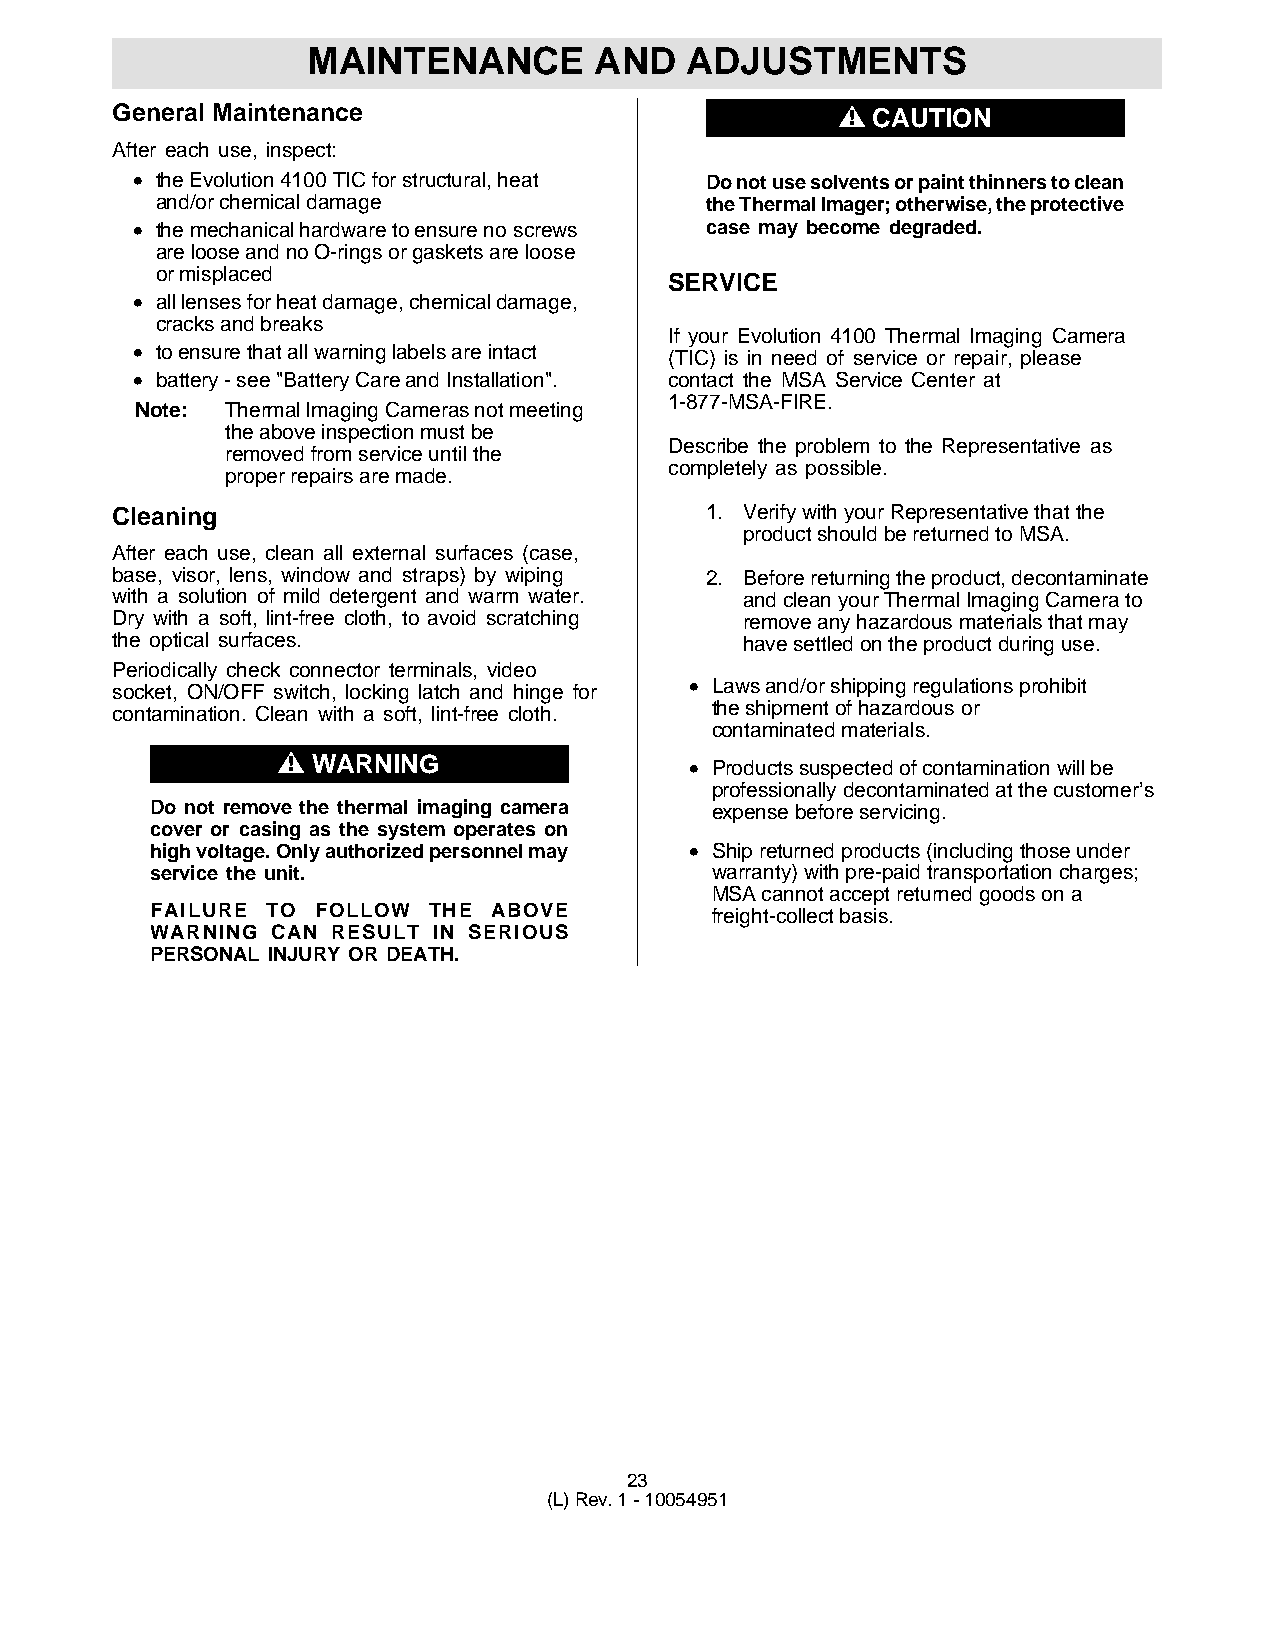
MAINTENANCE        AND   ADJUSTMENTS
 General Maintenance                              " CAUTION
 After each use, inspect:
 • the Evolution 4100 TIC for structural, heat Do not use solvents or paint thinners to clean
 and/or chemical damage               the Thermal Imager; otherwise, the protective
 • the mechanical hardware to ensure no screws case may become degraded.
 are loose and no O-rings or gaskets are loose
 or misplaced
 SERVICE
 • all lenses for heat damage, chemical damage,
 cracks and breaks
 If your Evolution 4100 Thermal Imaging Camera
 • to ensure that all warning labels are intact
 (TIC) is in need of service or repair, please
 • battery - see "Battery Care and Installation". contact the MSA Service Center at
 1-877-MSA-FIRE.
 Note: Thermal Imaging Cameras not meeting
 the above inspection must be
 Describe the problem to the Representative as
 removed from service until the
 completely as possible.
 proper repairs are made.
 Cleaning                                1. Verify with your Representative that the
 product should be returned to MSA.
 After each use, clean all external surfaces (case,
 base, visor, lens, window and straps) by wiping 2. Before returning the product, decontaminate
 with a solution of mild detergent and warm water. and clean your Thermal Imaging Camera to
 Dry with a soft, lint-free cloth, to avoid scratching remove any hazardous materials that may
 the optical surfaces.                     have settled on the product during use.
 Periodically check connector terminals, video
 • Laws and/or shipping regulations prohibit
 socket, ON/OFF switch, locking latch and hinge for
 the shipment of hazardous or
 contamination. Clean with a soft, lint-free cloth.
 contaminated materials.
 "  WARNING                  • Products suspected of contamination will be
 professionally decontaminated at the customer’s
 Do not remove the thermal imaging camera expense before servicing.
 cover or casing as the system operates on
 high voltage. Only authorized personnel may • Ship returned products (including those under
 service the unit.                    warranty) with pre-paid transportation charges;
 MSA cannot accept returned goods on a
 FAILURE TO FOLLOW THE  ABOVE         freight-collect basis.
 WARNING CAN RESULT IN SERIOUS
 PERSONAL INJURY OR DEATH.
 23
 (L) Rev. 1 - 10054951